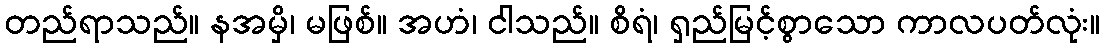
တည်ရာသည်။ နအမှိ၊ မဖြစ်။ အဟံ၊ ငါသည်။ စိရံ၊ ရှည်မြင့်စွာသော ကာလပတ်လုံး။